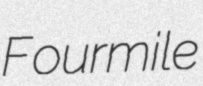
Fourmile